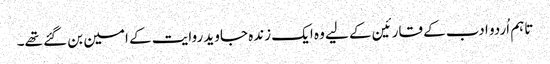
تاہم اُردو ادب کے قارئین کے لیے وہ ایک زندہ جاوید روایت کے امین بن گئے تھے۔